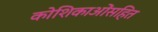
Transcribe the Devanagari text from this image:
कोशिकाओंसहित